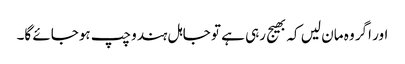
اور اگر وہ مان لیں کہ بھیج رہی ہے تو جاہل ہندو چپ ہوجائے گا۔